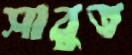
সাবুত